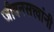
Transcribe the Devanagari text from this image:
जीवनसत्त्वांनी